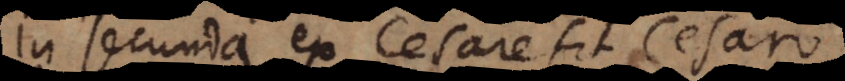
in secunda ex Cesare fit Cesaro.